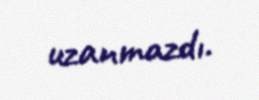
uzanmazdı.